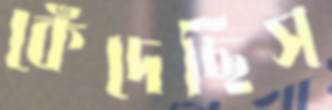
কেঁদেছিস